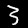
Label: 3